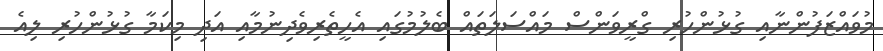
މުވައްޒަފުންނާއި ގުޅުންހުރި ގްރީވަންސް މައްސަލަތައް ބެލުމުގައި އެހީތެރިވެދިނުމާއި އަދި މިކަމާ ގުޅުންހުރި ލިއެ